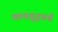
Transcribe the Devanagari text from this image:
कायशुद्धयर्थं